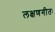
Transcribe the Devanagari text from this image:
लक्षणगीतः